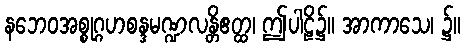
နဘေဝအစ္စုဂ္ဂဟစန္ဒမဏ္ဍလန္တိဧတ္ထ၊ ဤပါဠိ၌။ အာကာသေ၊ ၌။